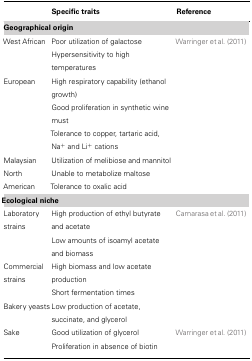
<table><thead><tr><td></td><td><b>Specific traits</b></td><td><b>Reference</b></td></tr></thead><tbody><tr><td><b>Geographical origin</b></td></tr><tr><td>West African</td><td>Poor utilization of galactose</td><td>Warringer et al. (2011)</td></tr><tr><td></td><td>Hypersensitivity to high temperatures</td><td></td></tr><tr><td>European</td><td>High respiratory capability (ethanol growth)</td><td></td></tr><tr><td></td><td>Good proliferation in synthetic wine must</td><td></td></tr><tr><td></td><td>Tolerance to copper, tartaric acid, Na<sup>+</sup> and Li<sup>+</sup> cations</td><td></td></tr><tr><td>Malaysian</td><td>Utilization of melibiose and mannitol</td><td></td></tr><tr><td>North</td><td>Unable to metabolize maltose</td><td></td></tr><tr><td>American</td><td>Tolerance to oxalic acid</td><td></td></tr><tr><td><b>Ecological niche</b></td></tr><tr><td>Laboratory strains</td><td>High production of ethyl butyrate and acetate</td><td>Camarasa et al. (2011)</td></tr><tr><td></td><td>Low amounts of isoamyl acetate and biomass</td><td></td></tr><tr><td>Commercial strains</td><td>High biomass and low acetate production</td><td></td></tr><tr><td></td><td>Short fermentation times</td><td></td></tr><tr><td>Bakery yeasts</td><td>Low production of acetate, succinate, and glycerol</td><td></td></tr><tr><td>Sake</td><td>Good utilization of glycerol Proliferation in absence of biotin</td><td>Warringer et al. (2011)</td></tr></tbody></table>